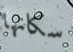
سكانها